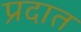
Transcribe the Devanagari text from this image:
प्रदात